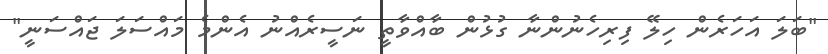
"ބަލަ އަހަރެން ހިލޭ ފިރިހެނުންނާ ގުޅުން ބާއްވާތީ ނަސީރެއްނު އެންމެ މައްސަލަ ޖައްސަނީ"